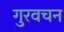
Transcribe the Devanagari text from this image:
गुरवचन